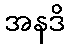
အနဒိ